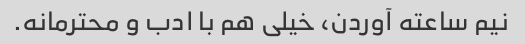
نیم ساعته آوردن، خیلی هم با ادب و محترمانه.